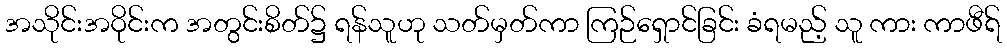
အသိုင်းအဝိုင်းက အတွင်းစိတ်၌ ရန်သူဟု သတ်မှတ်ကာ ကြဉ်ရှောင်ခြင်း ခံရမည့် သူ ကား ကာဖီရ်